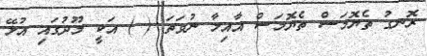
ރޮނގު ތެޔޮމަސް ތެޔޮމަސް އާއިލާ ނުވަތަ ( ) އަކީ މޫދުގައި އުޅޭ